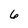
Character: 6